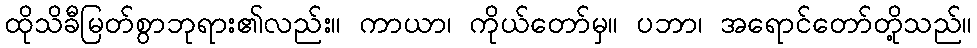
ထိုသိခီမြတ်စွာဘုရား၏လည်း။ ကာယာ၊ ကိုယ်တော်မှ။ ပဘာ၊ အရောင်တော်တို့သည်။